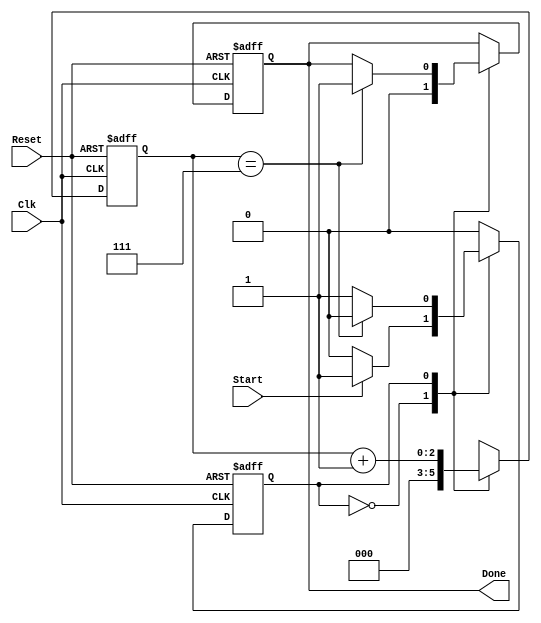
// Module for shifting frequency. Output DONE signal when done.
// By Chris Li, Grayson Smith, and Carey Zhang.
`timescale 1ns / 1ps
module shifter(Clk, Reset, Start,/*whatever inputs needed*/ Done);
	// Inputs
	input Clk, Reset;
	input Start;
	
	// Outputs
	output reg Done;
	
	// Locals
	reg [2:0] count;
	localparam TERMINAL = 3'b111;
	reg state; // 0 = idle, 1 = counting
	localparam IDLE=1'b0, COUNTING=1'b1;
	
	// Implementation logic
	// Just counting
	always @(posedge Clk, posedge Reset)
	begin
		if (Reset)
		begin
			count <= 0;
			state <= IDLE;
			Done <= 0;
		end
		else
		case (state)
			IDLE:
			begin
				if (Start)
					state<=COUNTING;
				Done <= 0;
				count <= 0;
			end
			COUNTING:
			begin
				if (count == TERMINAL)
				begin
					Done <= 1;
					state <= IDLE;
				end
				count <= count+1;
			end
		endcase
	end

endmodule